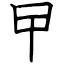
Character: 曱